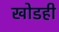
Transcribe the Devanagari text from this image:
खोडही